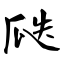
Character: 瓞